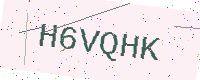
Text: H6VQHK